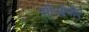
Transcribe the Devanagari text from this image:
सीओपीए